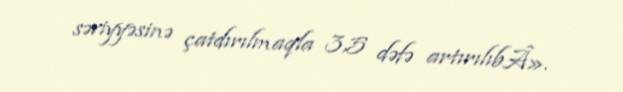
səviyyəsinə çatdırılmaqla 3,5 dəfə artırılıbÂ».